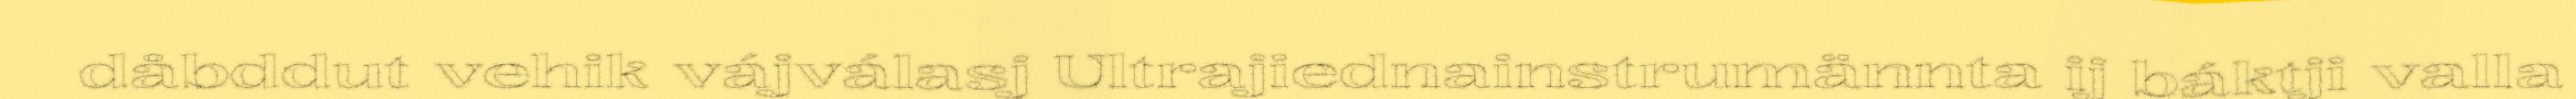
dåbddut vehik vájválasj Ultrajiednainstrumännta ij báktji valla